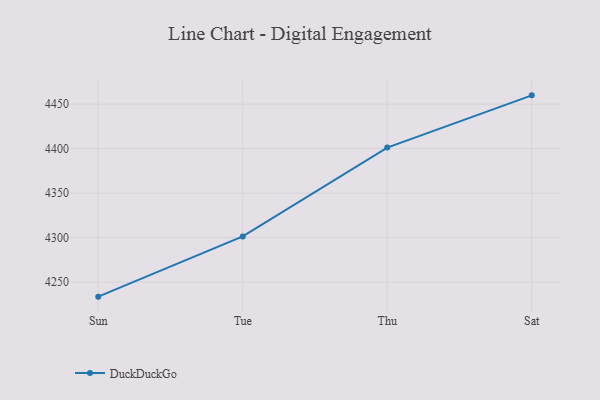
{"axis": {"x": "Day", "y": "Satisfaction Score"}, "legend": ["DuckDuckGo"], "data": [{"x": "Sun", "y": 4233.7, "type": "DuckDuckGo"}, {"x": "Tue", "y": 4301.4, "type": "DuckDuckGo"}, {"x": "Thu", "y": 4401.3, "type": "DuckDuckGo"}, {"x": "Sat", "y": 4460.0, "type": "DuckDuckGo"}]}